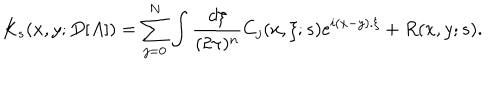
K _ { s } ( x , y ; D [ A ] ) = \sum _ { j = 0 } ^ { N } \int \frac { d \xi } { ( 2 \pi ) ^ { n } } C _ { j } ( x , \xi ; s ) e ^ { i ( x - y ) . \xi } + R ( x , y ; s ) .